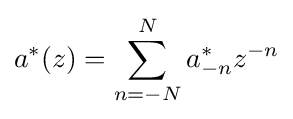
a^{*}(z)=\sum _{n=-N}^{N}a_{-n}^{*}z^{-n}